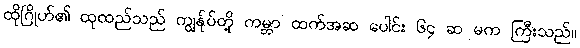
ထိုဂြိုဟ်၏ ထုထည်သည် ကျွန်ုပ်တို့ ကမ္ဘာ ထက်အဆ ပေါင်း ၆၄ ဆ မက ကြီးသည်။